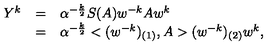
\begin{array} { r c l } { Y ^ { k } } & { = } & { \alpha ^ { - \frac { k } { 2 } } S ( A ) w ^ { - k } A w ^ { k } } \\ { } & { = } & { \alpha ^ { - \frac { k } { 2 } } < ( w ^ { - k } ) _ { ( 1 ) } , A > ( w ^ { - k } ) _ { ( 2 ) } w ^ { k } , } \\ \end{array}